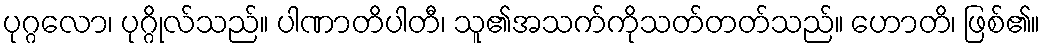
ပုဂ္ဂလော၊ ပုဂ္ဂိုလ်သည်။ ပါဏာတိပါတီ၊ သူ၏အသက်ကိုသတ်တတ်သည်။ ဟောတိ၊ ဖြစ်၏။